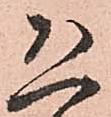
恐